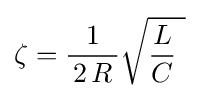
\zeta ={\frac {1}{\,2\,R\,}}{\sqrt {{\frac {L}{C}}~}}\,~